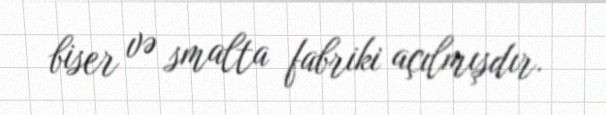
biser və smalta fabriki açılmışdır.